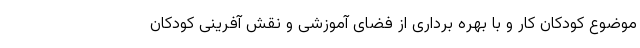
موضوع کودکان کار و با بهره برداری از فضای آموزشی و نقش آفرینی کودکان